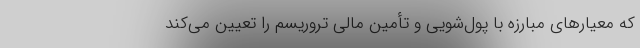
که معیارهای مبارزه با پول‌شویی و تأمین مالی تروریسم را تعیین می‌کند